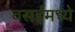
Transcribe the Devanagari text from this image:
वसईमध्ये